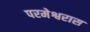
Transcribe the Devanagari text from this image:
परमेश्वरास